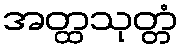
အတ္ထသုတ္တံ